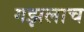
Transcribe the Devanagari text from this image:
गझलाच